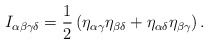
\begin{align*}I_{\alpha \beta \gamma \delta}= \frac{1}{2} \left( \eta_{\alpha \gamma}\eta_{\beta \delta} + \eta_{\alpha \delta} \eta_{\beta \gamma} \right).\end{align*}